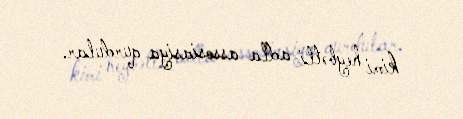
kimi heybətli adla assosiasiya qurdular.